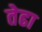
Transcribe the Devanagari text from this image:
तेढा